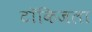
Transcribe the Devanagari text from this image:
टॉकिजला